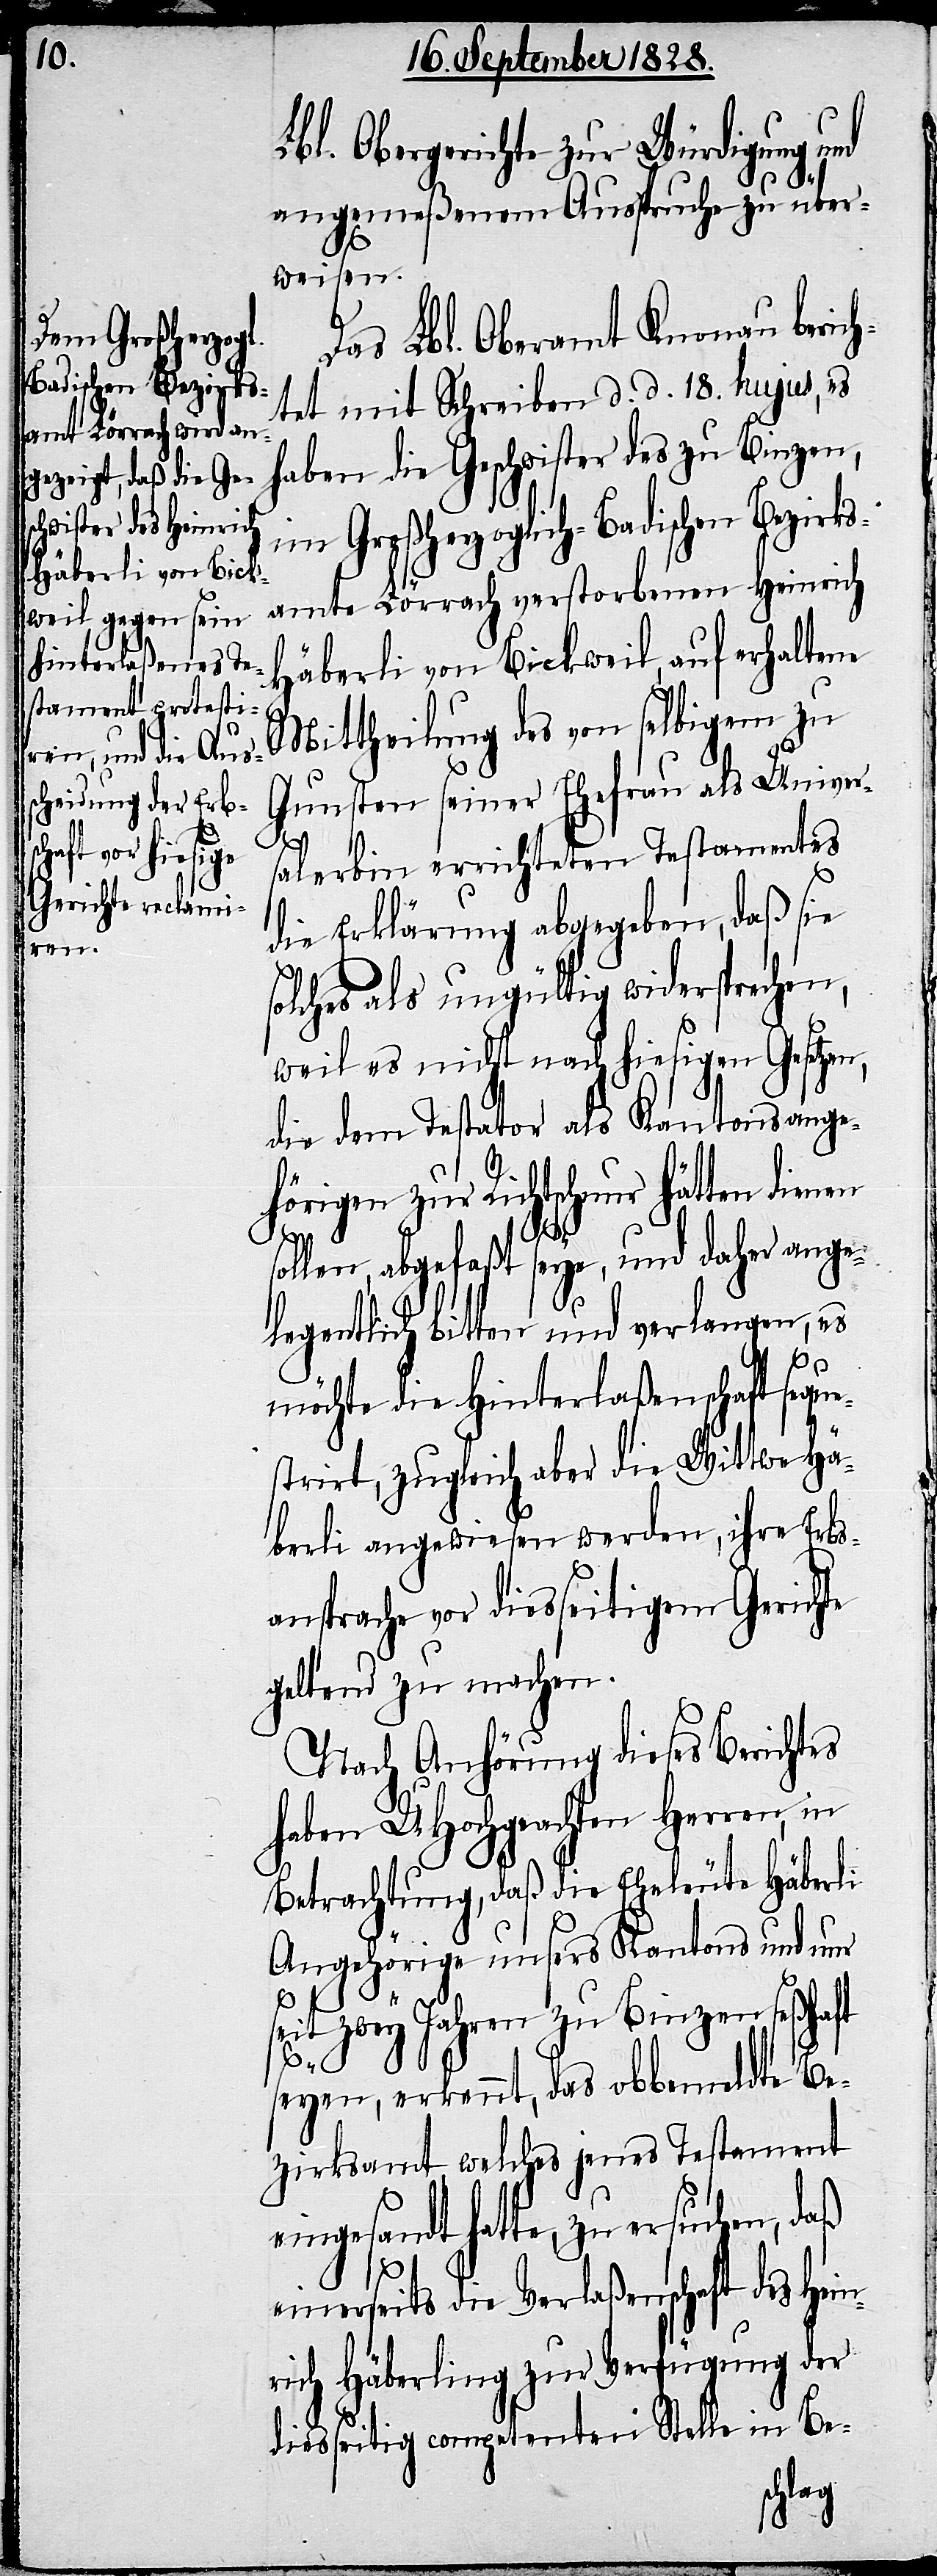
Lbl. Obergerichte zur Würdigung und
angemeßenem Ausspruche zu über¬
weisen.
Das Lbl. Oberamt Knonau berich¬
tet mit Schreiben d. d. 18. hujus, es
haben die Geschwister des zu Binzen,
im Großherzoglich-Badischen Bezirks¬
amte Lörrach verstorbenen Heinrich
Häberli von Bickweil, auf erhaltene
Mittheilung des von selbigem zu
Gunsten seiner Ehefrau als Univer¬
salerbin errichteten Testamentes
die Erklärung abgegeben, daß sie
solches als ungültig widersprechen,
weil es nicht nach hiesigen Gesetzen,
die dem Testator als Kantonsange¬
hörigen zur Richtschnur hätten dienen
sollen, abgefaßt seye, und daher ange¬
legentlich bitten und verlangen, es
möchte die Hinterlaßenschaft sequ¬
estrirt, zugleich aber die Wittwe Hä¬
berli angewiesen werden, ihre Erbs¬
ansprache vor diesseitigem Gerichte
geltend zu machen.
Nach Anhörung dieses Berichtes
haben UHochgeachten Herren, in
Betrachtung, daß die Eheleute Häberli
Angehörige unsers Kantons und nur
seit zwey Jahren zu Binzen seßhaft
e¬
seyen, erkennt, das obbemeldte Be¬
zirksamt, welches jenes Testament
ingesandt hatte, zu ersuchen,
einerseits die Verlaßenschaft des
diesseits competenten Stelle in Be-